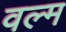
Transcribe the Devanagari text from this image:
वल्म